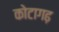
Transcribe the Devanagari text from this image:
कोटागढ़